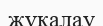
жұқалау